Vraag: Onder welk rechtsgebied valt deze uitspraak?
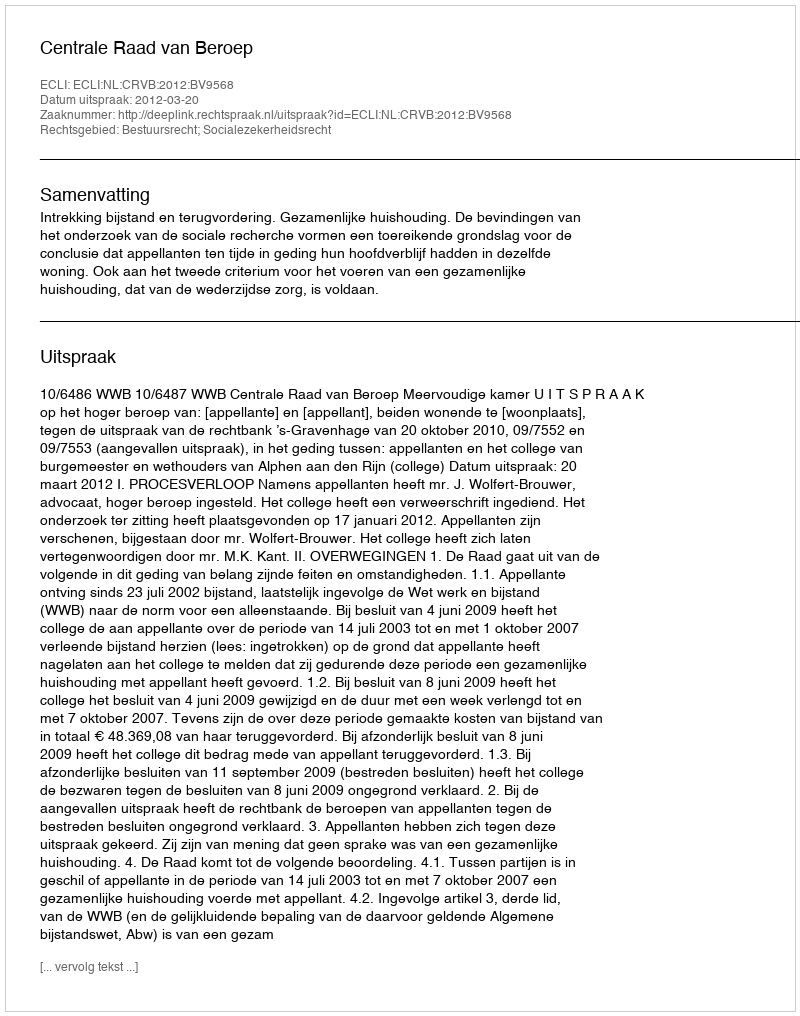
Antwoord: Bestuursrecht; Socialezekerheidsrecht